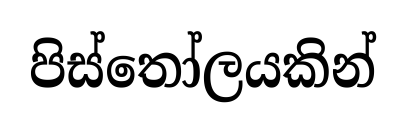
පිස්තෝලයකින්